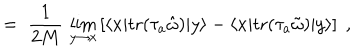
LaTeX: = \; \frac { 1 } { 2 M } \, \lim _ { y \to x } \left[ \langle x | \mathrm { t r } ( \tau _ { a } { \hat { \omega } } ) | y \rangle - \langle x | \mathrm { t r } ( \tau _ { a } { \tilde { \omega } } ) | y \rangle \right] \; ,